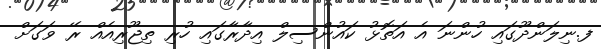
ފ.ނިލަންދޫގައި ހުންނަ އެ އަތޮޅު ކައުންސިލް އިދާރާގައި ހުރި ތިޖޫރިއެއް ރޭ ވަގަށް